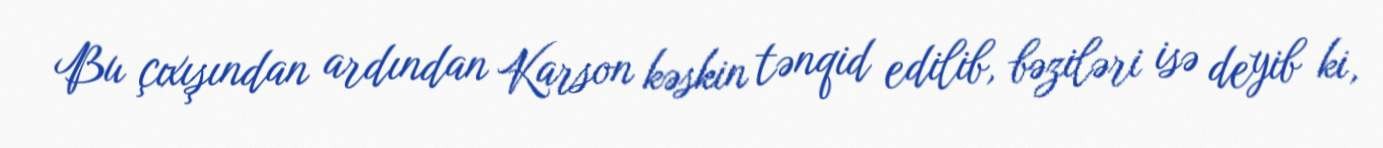
Bu çıxışından ardından Karson kəskin tənqid edilib, bəziləri isə deyib ki,